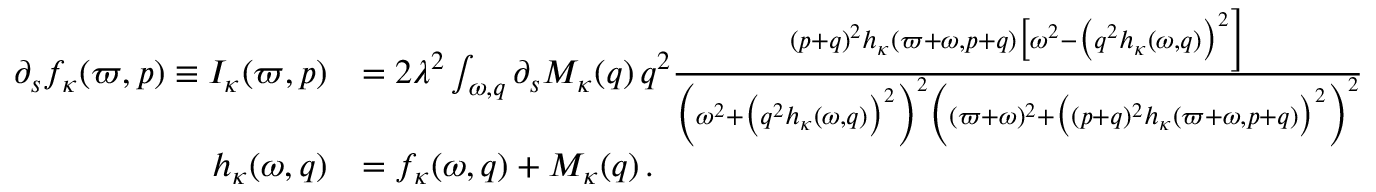
\begin{array} { r l } { \partial _ { s } f _ { \kappa } ( \varpi , p ) \equiv { \cal I } _ { \kappa } ( \varpi , p ) } & { = 2 \lambda ^ { 2 } \int _ { \omega , q } \partial _ { s } M _ { \kappa } ( q ) \, q ^ { 2 } \frac { ( p + q ) ^ { 2 } h _ { \kappa } ( \varpi + \omega , p + q ) \big [ \omega ^ { 2 } - \big ( q ^ { 2 } h _ { \kappa } ( \omega , q ) \big ) ^ { 2 } \Big ] } { \Big ( \omega ^ { 2 } + \big ( q ^ { 2 } h _ { \kappa } ( \omega , q ) \big ) ^ { 2 } \Big ) ^ { 2 } \Big ( ( \varpi + \omega ) ^ { 2 } + \big ( ( p + q ) ^ { 2 } h _ { \kappa } ( \varpi + \omega , p + q ) \big ) ^ { 2 } \Big ) ^ { 2 } } \, } \\ { h _ { \kappa } ( \omega , q ) } & { = f _ { \kappa } ( \omega , q ) + M _ { \kappa } ( q ) \, . } \end{array}